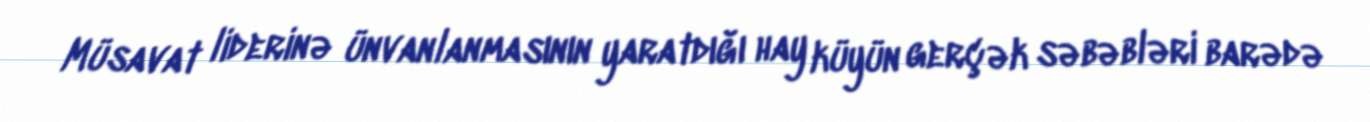
Müsavat liderinə ünvanlanmasının yaratdığı hay küyün gerçək səbəbləri barədə